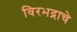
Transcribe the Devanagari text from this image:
विरभद्राचे